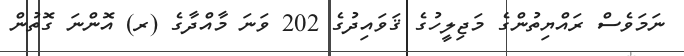
ނަމަވެސް ރައްޔިތުންގެ މަޖިލީހުގެ ޤަވައިދުގެ 202 ވަނަ މާއްދާގެ (ރ) އޮންނަ ގޮތުން